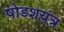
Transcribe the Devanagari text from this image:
षोडशयंत्र